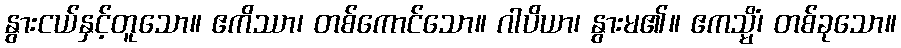
နွားငယ်နှင့်တူသော။ ဧကိဿာ၊ တစ်ကောင်သော။ ဂါပိယာ၊ နွားမ၏။ ဧကသ္မိံ၊ တစ်ခုသော။